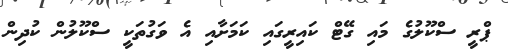
ޕްރީ ސްކޫލުގެ މައި ގޭޓް ކައިރީގައި ކަމަށާއި އެ ވަގުތަކީ ސްކޫލުން ކުދިން